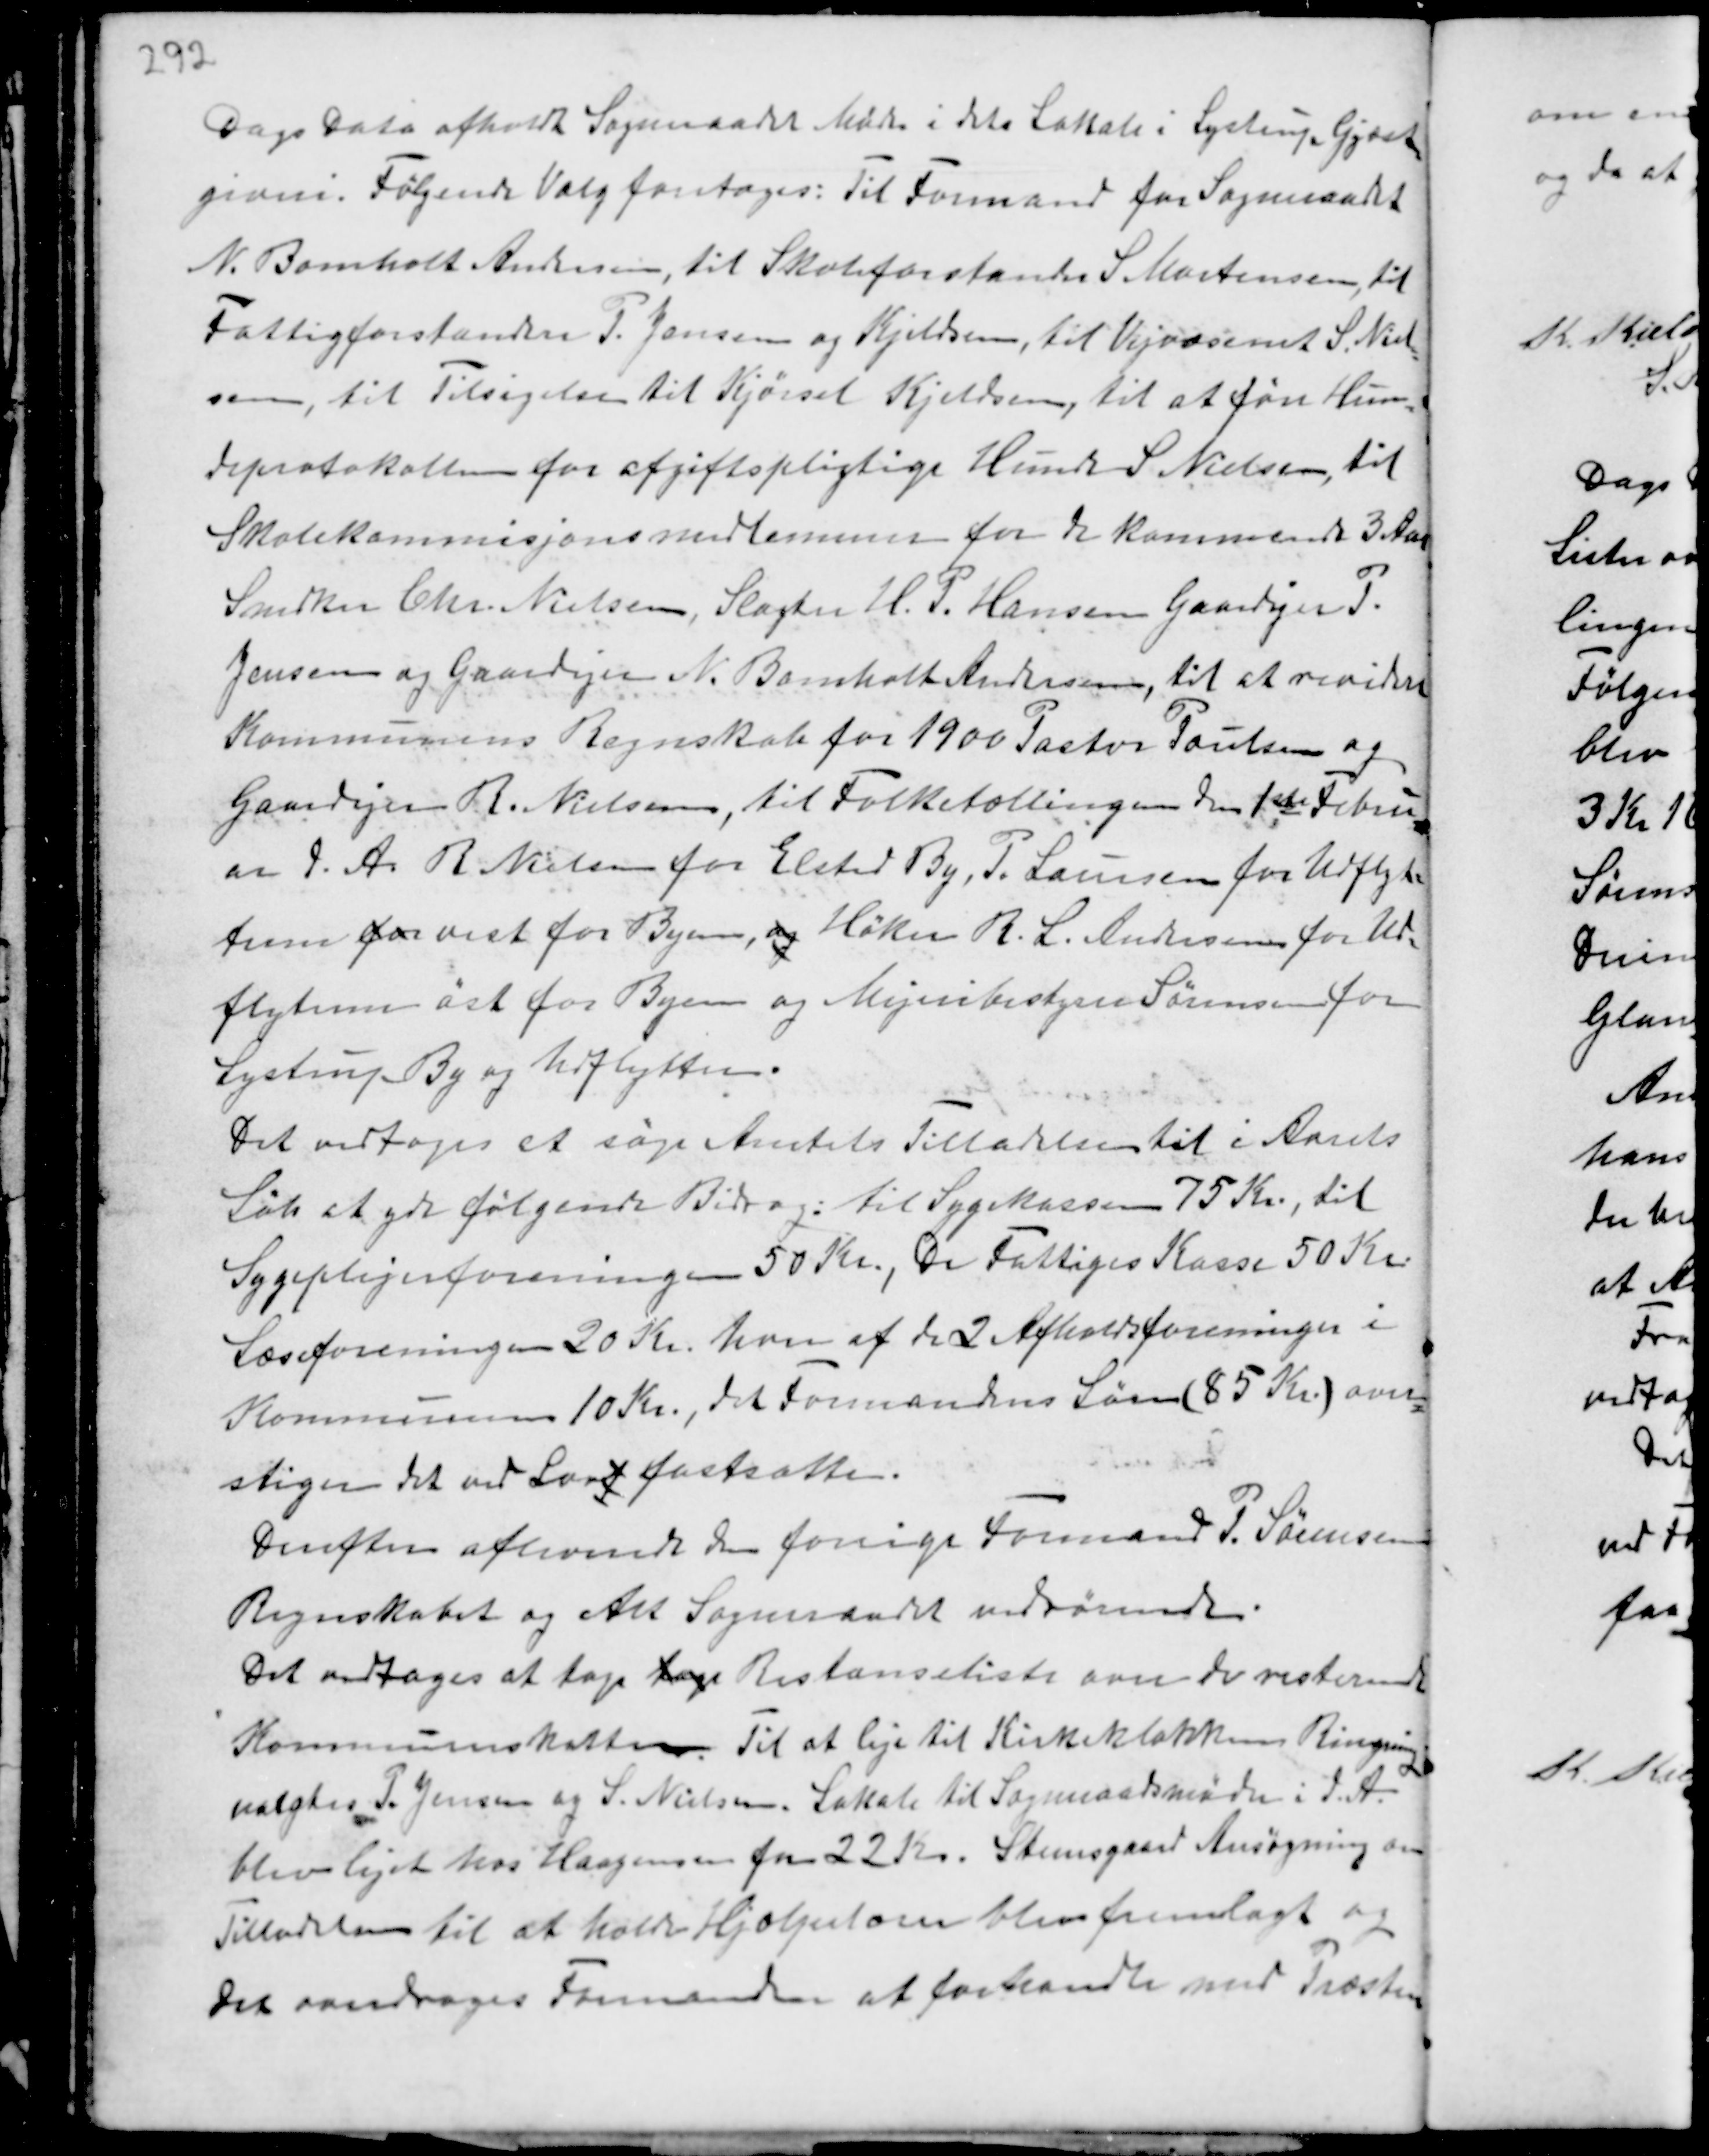
Transskription:
Dags Dato afholdt Sogneraadet Møde i dets Lokale i Lystrup Gjæst-
giveri. Følgende Valg foretoges: Til Formand for Sogneraadet
N. Bomholt Andersen, til Skoleforstander S. Mortensen, til
Fattigforstandere P. Jensen og Kjeldsen, til Vejvæsenet S. Niel-
sen, til Tilsigelse til Kjørsel Kjeldsen, til at føre Hun-
deprotokollen for afgiftpligtige Hunde S Nielsen, til
Skolekommisjonsmedlemmer for de kommende 3 Aar
Snedker Chr. Nielsen, Slagter H. P. Hansen Gaardejer P.
Jensen og Gaardejer N. Bomholt Andersen, til at revidere
Kommunens Regnskab for 1900 Pastor Poulsen og
Gaardejer R. Nielsen, til Folketællingen den 1ste Febru-
ar d.A. R Nielsen for Elsted By, P. Laursen for Udflyt-
terne for vest for Byen, og Høker R. L. Andersen for Ud-
flytterne øst for Byen og Mejeribestyrer Sørensen for
Lystrup By og Udflytterne.

Det vedtoges at søge Amtets Tilladelse til i Aarets
Løb at yde følgende Bidrag: til Sygekassen 75 Kr, til
Sygeplejeforeningen 50 Kr., De Fattiges Kasse 50 Kr.
Læseforeningen 20 Kr. hver af de 2 Afholdsforeninger i
Kommunen 10 Kr., det Formandens Løn (85 Kr.) over-
stiger det ved Lov af fastsatte.
Derefter afleverede den forrige Formand P. Sørensen
Regnskabet og det Sogneraadet vedrørende.
Det vedtoges at tage tage Restanceliste over de resterende
Kommuneskatter. Til at leje til Kirkeklokkernes Ringning
valgtes P. Jensen og S. Nielsen. Lokale til Sogneraadsmøder i d.A.
blev lejet hos Haagensen for 22 Kr. Steensgaard Ansøgning om
Tilladelse til at holde Hjælpelærer blev fremlagt og
det overdroges Formanden at forhandle med Præsten